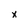
Character: x